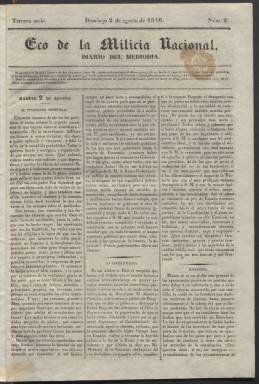
Título: Eco de la milicia nacional
Colección: Periódicos anteriores a 1850
Ámbito geográfico: Madrid
Lugar de publicación: Madrid
Fechas: 02/08/1840-30/11/1840